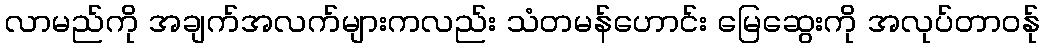
လာမည်ကို အချက်အလက်များကလည်း သံတမန်ဟောင်း မြေဆွေးကို အလုပ်တာဝန်ု